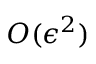
O ( \epsilon ^ { 2 } )